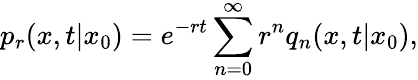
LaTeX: p_{r}(x,t|x_{0})=e^{-rt}\sum_{n=0}^{\infty}r^{n}q_{n}(x,t|x_{0}),